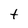
Character: t